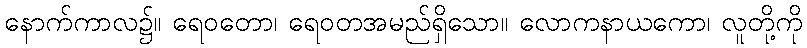
နောက်ကာလ၌။ ရေဝတော၊ ရေဝတအမည်ရှိသော။ လောကနာယကော၊ လူတို့ကို